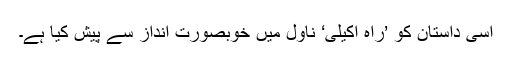
اسی داستان کو ’راہ اکیلی‘ ناول میں خوبصورت انداز سے پیش کیا ہے۔